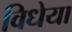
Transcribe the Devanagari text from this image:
विधेया